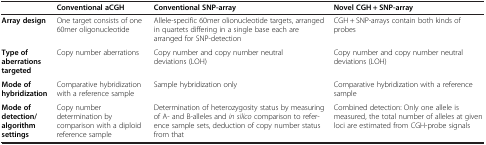
<table><thead><tr><td><b> </b></td><td><b>Conventional aCGH</b></td><td><b>Conventional SNP-array</b></td><td><b>Novel CGH + SNP-array</b></td></tr></thead><tbody><tr><td><b>Array design</b></td><td>One target consists of one 60mer oligonucleotide</td><td>Allele-specific 60mer olionucleotide targets, arranged in quartets differing in a single base each are arranged for SNP-detection</td><td>CGH + SNP-arrays contain both kinds of probes</td></tr><tr><td><b>Type of aberrations targeted</b></td><td>Copy number aberrations</td><td>Copy number and copy number neutral deviations (LOH)</td><td>Copy number and copy number neutral deviations (LOH)</td></tr><tr><td><b>Mode of hybridization</b></td><td>Comparative hybridization with a reference sample</td><td>Sample hybridization only</td><td>Comparative hybridization with a reference sample</td></tr><tr><td><b>Mode of detection/ algorithm settings</b></td><td>Copy number determination by comparison with a diploid reference sample</td><td>Determination of heterozygosity status by measuring of A- and B-alleles and <i>in silico</i> comparison to reference sample sets, deduction of copy number status from that</td><td>Combined detection: Only one allele is measured, the total number of alleles at given loci are estimated from CGH-probe signals</td></tr></tbody></table>